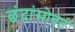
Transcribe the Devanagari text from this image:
छंदांसोबत